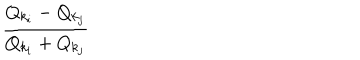
{ \frac { Q _ { k _ { i } } - Q _ { k _ { j } } } { Q _ { k _ { i } } + Q _ { k _ { j } } } }